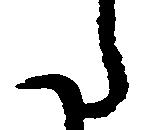
た